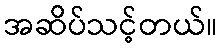
အဆိပ်သင့်တယ်။